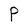
Character: P